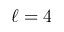
\ell = 4